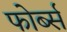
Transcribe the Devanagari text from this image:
फोर्ब्‍स